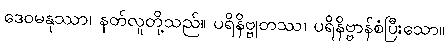
ဒေဝမနုဿာ၊ နတ်လူတို့သည်။ ပရိနိဗ္ဗုတဿ၊ ပရိနိဗ္ဗာန်စံပြီးသော။